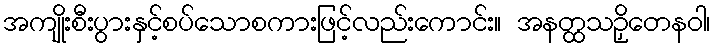
အကျိုးစီးပွားနှင့်စပ်သောစကားဖြင့်လည်းကောင်း။ အနတ္ထသဉှိတေနဝါ၊